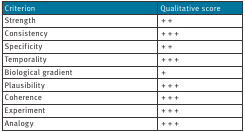
| Criterion | Qualitative score |
 | --- | --- |
 | Strength | ++ |
 | Consistency | +++ |
 | Specificity | ++ |
 | Temporality | +++ |
 | Biological gradient | + |
 | Plausibility | +++ |
 | Coherence | +++ |
 | Experiment | +++ |
 | Analogy | +++ |